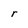
Character: r